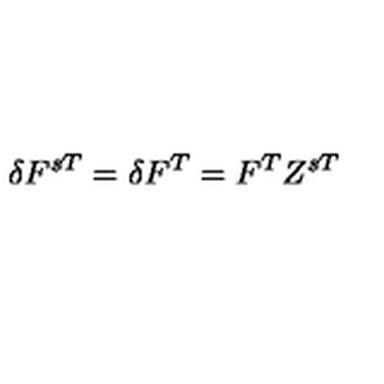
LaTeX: \delta F ^ { s T } = \delta F ^ { T } = F ^ { T } Z ^ { s T }